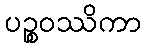
ပဉ္စဝဿိကာ